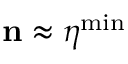
{ \bf n } \approx { \boldsymbol \eta } ^ { \mathrm { m i n } }